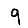
Digit: 9